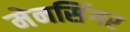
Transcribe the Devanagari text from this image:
मेनसिंगर